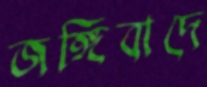
জঙ্গিবাদে